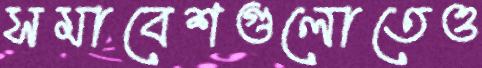
সমাবেশগুলোতেও